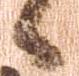
候